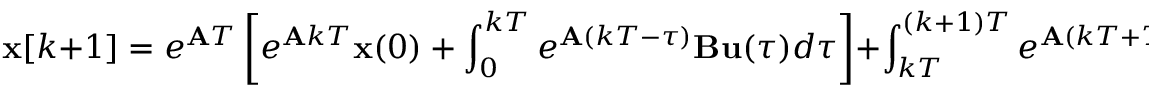
\mathbf { x } [ k + 1 ] = e ^ { \mathbf { A } T } \left[ e ^ { \mathbf { A } k T } \mathbf { x } ( 0 ) + \int _ { 0 } ^ { k T } e ^ { \mathbf { A } ( k T - \tau ) } \mathbf { B } \mathbf { u } ( \tau ) d \tau \right] + \int _ { k T } ^ { ( k + 1 ) T } e ^ { \mathbf { A } ( k T + T - \tau ) } \mathbf { B } \mathbf { u } ( \tau ) d \tau